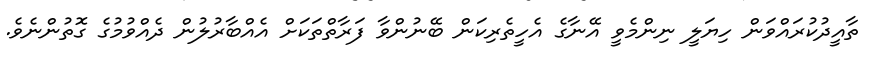
ތާއީދުކުރައްވަން ހިޔަލީ ނިންމެވީ އޭނާގެ އެހީތެރިކަން ބޭނުންވާ ފަރާތްތަކަށް އެއްބާރުލުން ދެއްވުމުގެ ގޮތުންނެވެ.